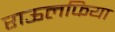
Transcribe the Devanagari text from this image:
राऊलफिया